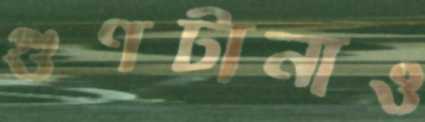
গুণটানাও